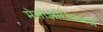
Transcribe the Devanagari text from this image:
मेसोझोअिकमध्ये